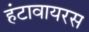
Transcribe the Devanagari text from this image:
हंटावायरस